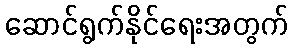
ဆောင်ရွက်နိုင်ရေးအတွက်